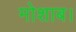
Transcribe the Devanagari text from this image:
मोशाब।